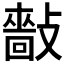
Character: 𢿿